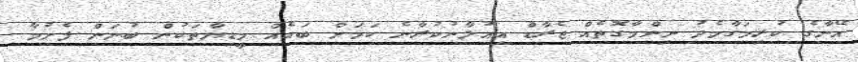
އޭނާގެ ކުރިމަގާމެދު ނިންމާގޮތެއް ޖެރާޑް އިއުލާނުކުރާނެ ކަމަށް ބައެއް މީޑިޔާތަކުން ބުނަން ފެށުމާ